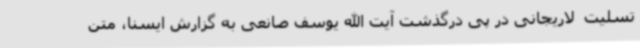
تسلیت  لاریجانی در پی درگذشت آیت الله یوسف صانعی به گزارش ایسنا، متن